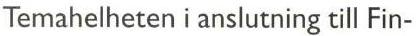
Temahelheten i anslutning till Fin-